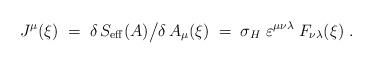
LaTeX: \begin{align*}J^\mu (\xi) \;=\; \delta\,S_{\rm eff} (A) \big/ \delta\,A_\mu (\xi)\;=\; \sigma_H\; \varepsilon^{\mu\nu\lambda}\; F_{\nu\lambda} (\xi)~.\end{align*}